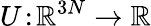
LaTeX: U\! :\! \mathbb{R}^{3N}\to\mathbb{R}